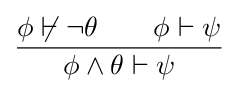
{\frac {\phi \not \vdash \neg \theta \quad \quad \phi \vdash \psi }{\phi \wedge \theta \vdash \psi }}